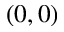
( 0 , 0 )